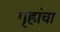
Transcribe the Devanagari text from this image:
गृहांचा